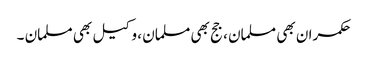
حکمران بھی مسلمان ، جج بھی مسلمان ، وکیل بھی مسلمان ۔